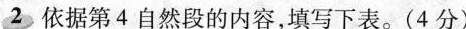
2依据第4自然段的内容，填写下表。(4分)